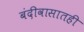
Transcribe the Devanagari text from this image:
बंदीवासातही